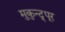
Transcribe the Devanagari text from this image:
मुकुन्द्पूर